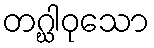
တဂ္ဃါဝုသော